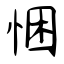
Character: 悃